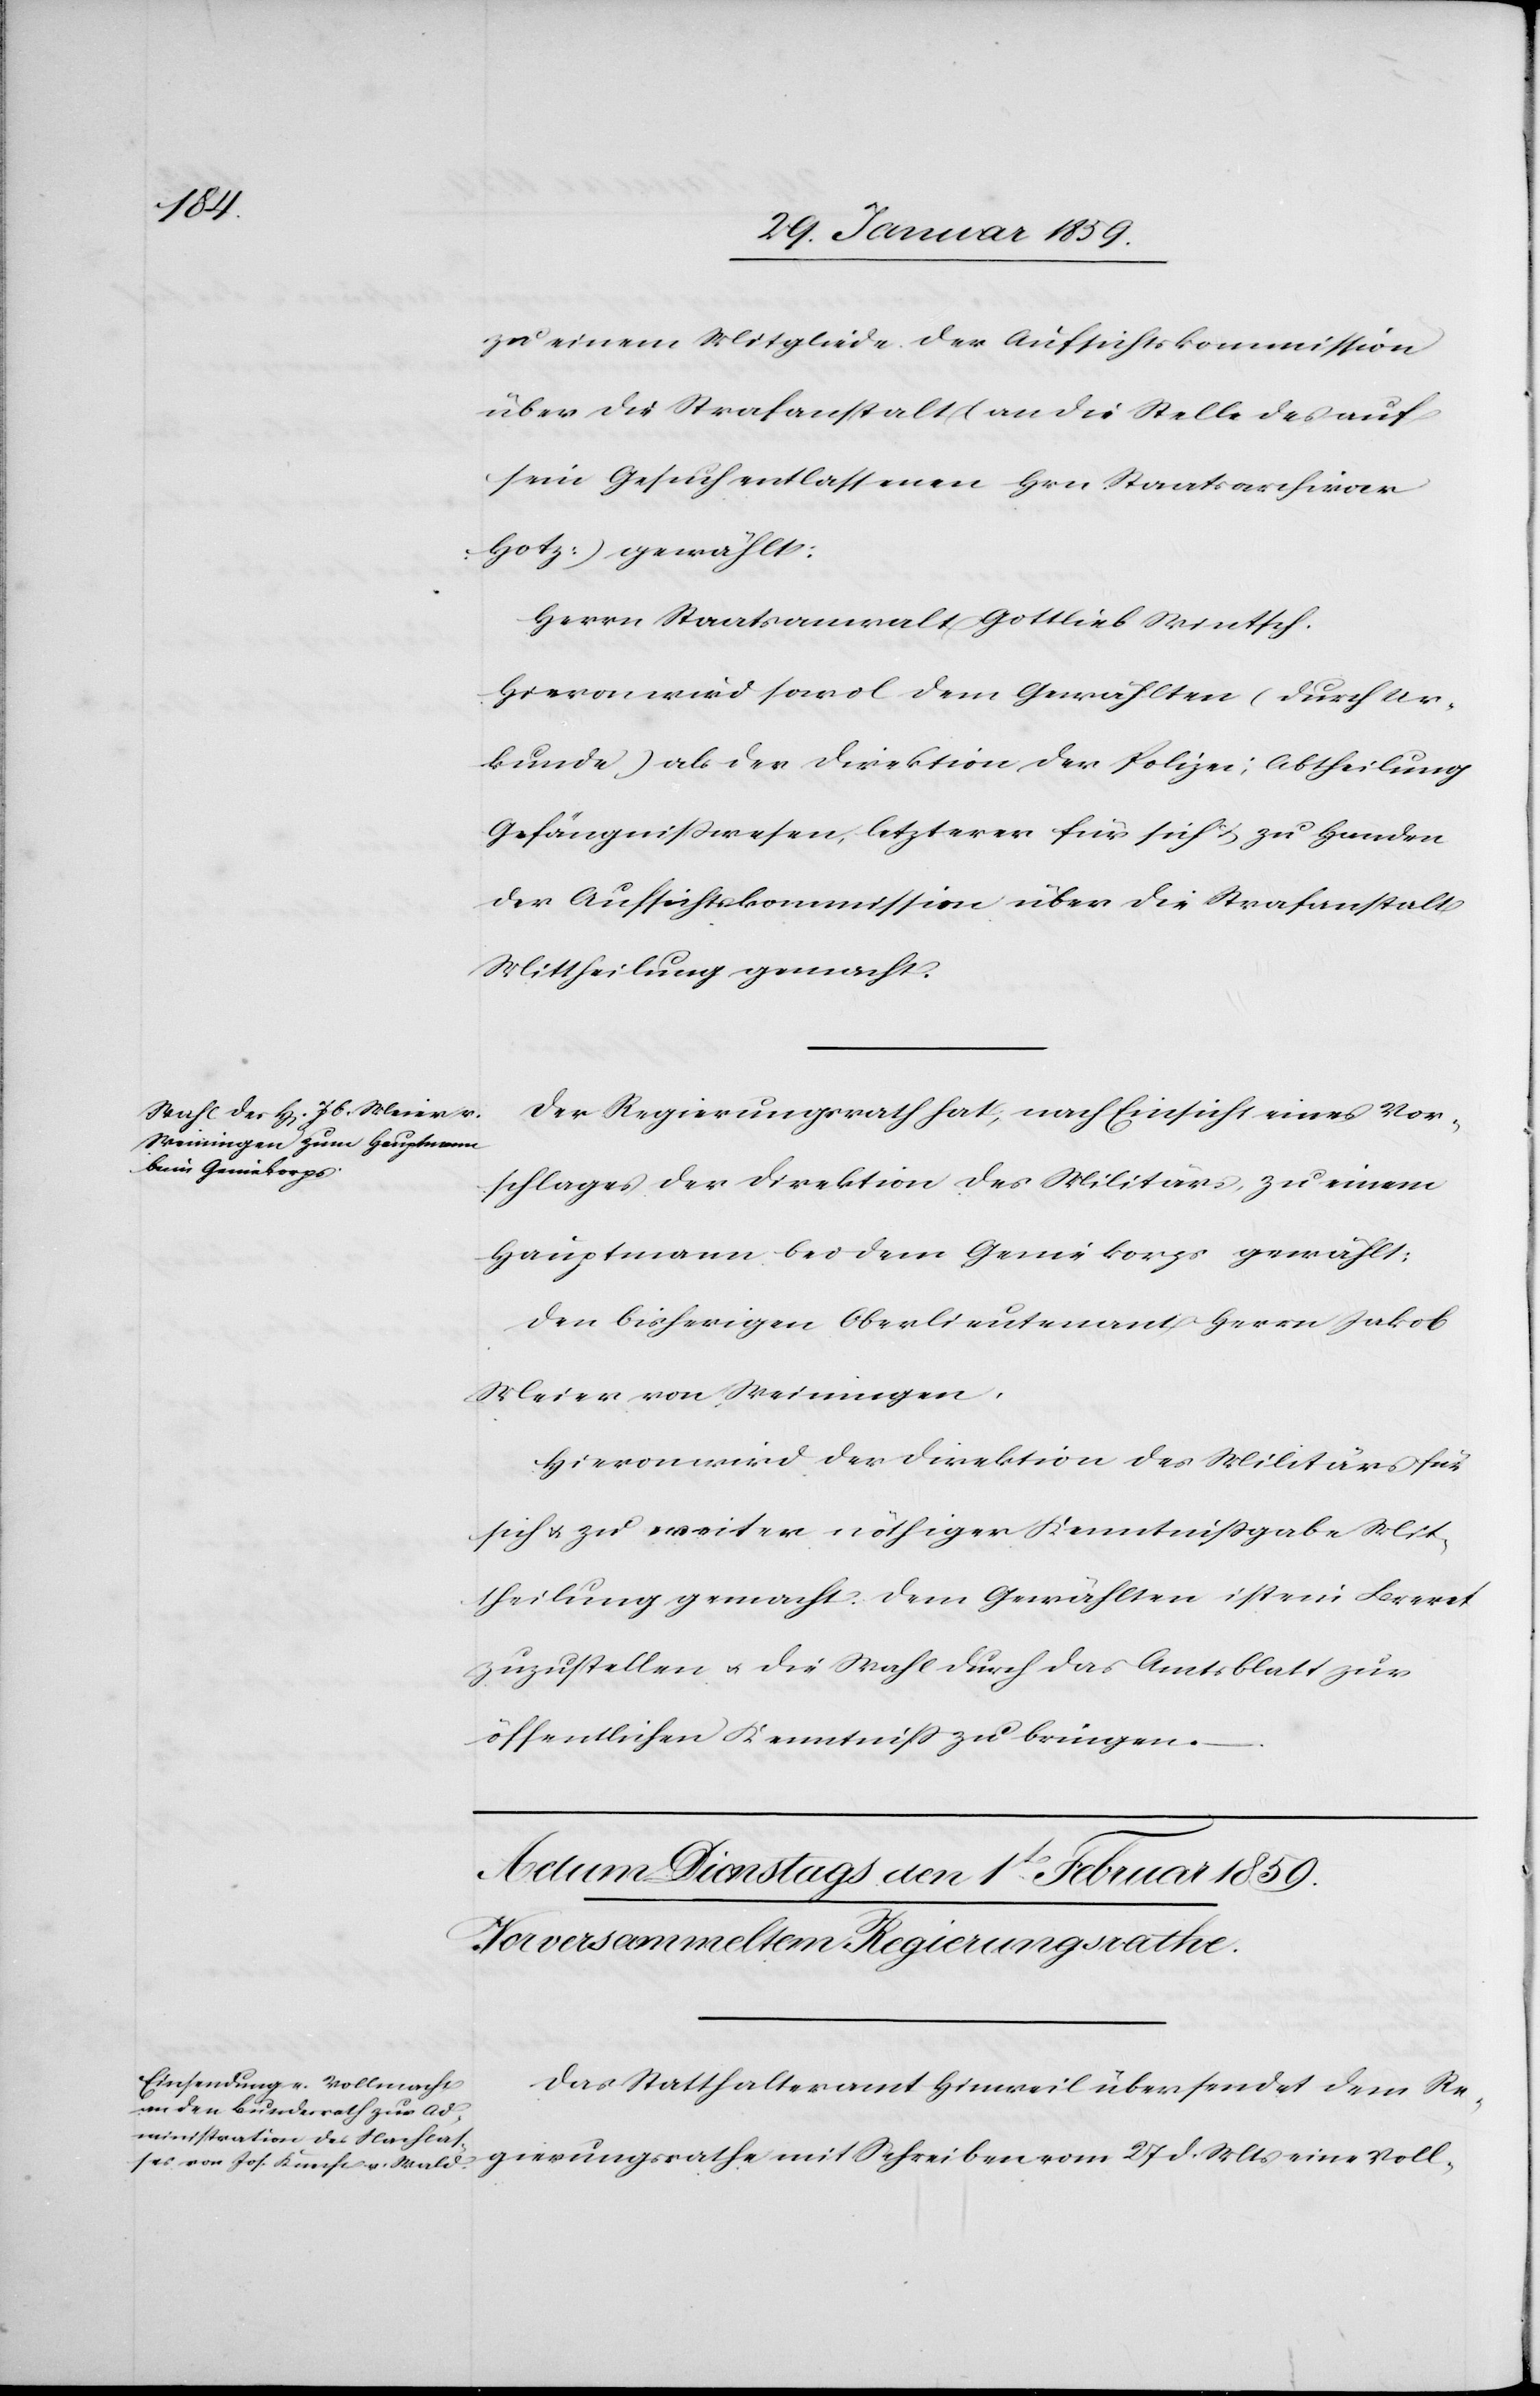
zu einem Mitgliede der Aufsichtskommission
über die Strafanstalt (an die Stelle des auf
sein Gesuch entlassenen Hrn. Staatsarchivar
Hotz) gewählt:
Herrn Staatsanwalt Gottlieb Wintsch.
Hievon wird sowol dem Gewählten (durch Ur¬
kunde) als der Direktion der Polizei, Abtheilung
Gefängnißwesen, letzterer für sich u. zu Handen
der Aufsichtskommission über die Strafanstalt
Mittheilung gemacht.
Der Regierungsrath hat, nach Einsicht eines Vor¬
schlages der Direktion des Militärs, zu einem
Hauptmann bei dem Geniekorps gewählt:
den bisherigen Oberlieutenant Herrn Jakob
Meier von Meiningen.
Hievon wird der Direktion des Militärs für
sich u. zu weiter nöthiger Kenntnißgabe Mit¬
theilung gemacht. Dem Gewählten ist ein Brevet
zuzustellen u. die Wahl durch das Amtsblatt zur
öffentlichen Kenntniß zu bringen.
Das Statthalteramt Hinweil übersendet dem Re¬
gierungsrathe mit Schreiben vom 27 d. Mts eine Voll-